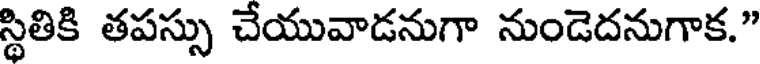
స్థితికి తపస్సు చేయువాడనుగా నుండెదనుగాక."